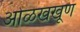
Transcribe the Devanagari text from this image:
ओळखखूण